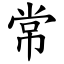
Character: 常